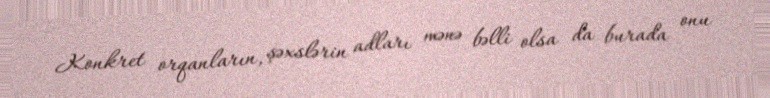
Konkret orqanların, şəxslərin adları mənə bəlli olsa da burada onu